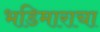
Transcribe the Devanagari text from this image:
भडिमाराचा